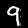
Digit: 9